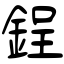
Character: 鋥